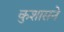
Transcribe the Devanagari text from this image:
कुशासने